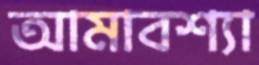
আমাবশ্যা